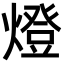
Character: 燈